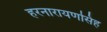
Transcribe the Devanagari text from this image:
हरनारायणसिंह